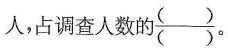
人，占调查人数的 \frac{()}{()}。